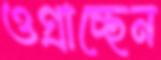
ওগ্‌রাচ্ছেন